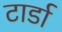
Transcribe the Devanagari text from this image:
टार्डा